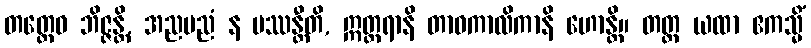
တတ္ထေဝ ဘိဇ္ဇန္တိ, အညမညံ န ပဿန္တီတိ, ဣတ္တရာနိ တာဝကာလိကာနိ ဟောန္တိ။ တတ္ထ ယထာ ဧကသ္မိံ